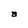
Character: a